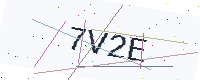
Text: 7V2E